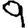
Digit: 9